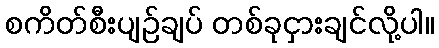
စကိတ်စီးပျဉ်ချပ် တစ်ခုငှားချင်လို့ပါ။